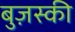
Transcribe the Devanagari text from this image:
बुज़स्की